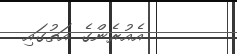
އެއުރެންގެ އަތުގައި